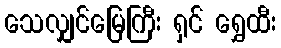
သေလျှင်မြေကြီး ရှင် ရွှေထီး